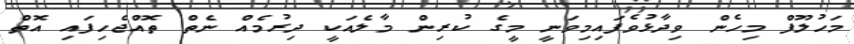
މަހުލޫފް މިހެން ވިދާޅުވެފައިމިވަނީ މީގެ ކުރިން މާލެއަކީ ދިރުމެއް ނެތް ތޮއްޖެހިފައި އޮތް